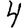
Digit: 4